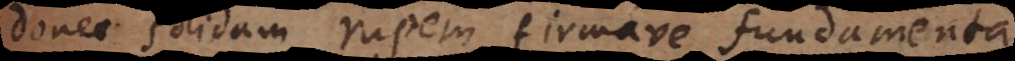
est,donec solidam rupem firmave fundamenta